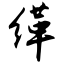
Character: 缂